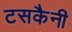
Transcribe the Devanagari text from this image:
टसकैनी